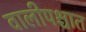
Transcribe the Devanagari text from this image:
वालीपश्चात